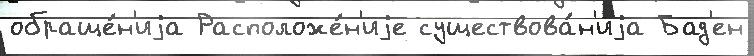
обраще́н'иjа Расположе́н'иjе существова́н'иjа Бад'ен